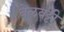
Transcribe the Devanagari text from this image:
वेलवट्टी